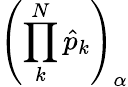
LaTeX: \left(\prod_{k}^{N}\hat{p}_{k}\right)_{\alpha}